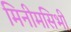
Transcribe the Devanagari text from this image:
मिनीमसिभी